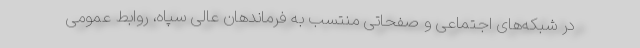
در شبکه‌های اجتماعی و صفحاتی منتسب به فرماندهان عالی سپاه، روابط عمومی